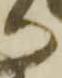
い